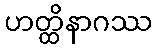
ဟတ္ထိနာဂဿ